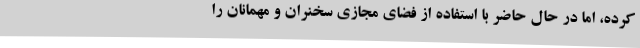
کرده، اما در حال حاضر با استفاده از فضای مجازی سخنران و مهمانان را